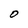
Character: O